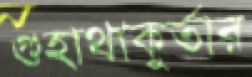
গুহাথাকুর্তার